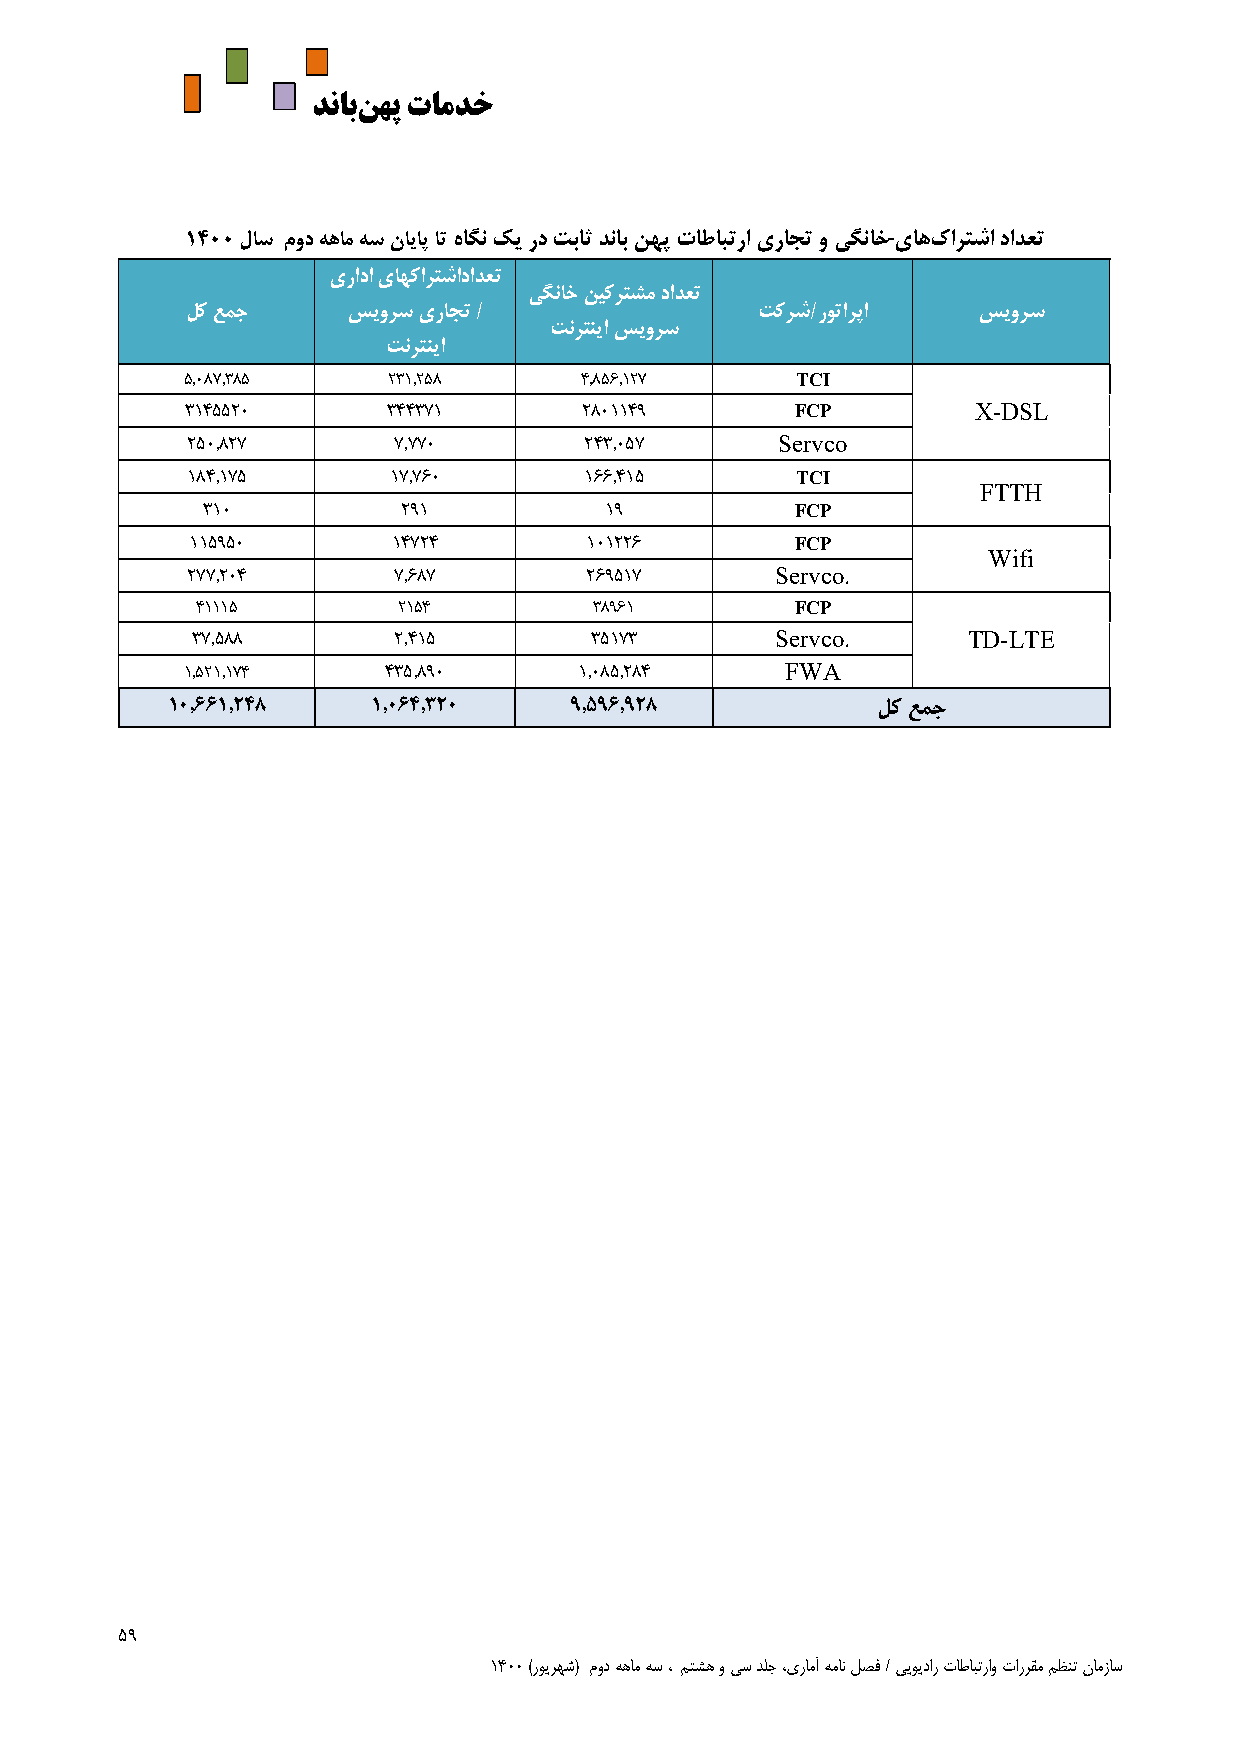
دﻧﺎﺑﻦﻬپ تﺎﻣدخ
 ١٤٠٠ لاﺳ مود ﻪهام ﻪﺳ ناياﭘ ات هاگﻧ كي رد ﺖﺑاﺛ دﻧاﺑ ﻦﻬﭘ تاطابترا يراجت و يگﻧاخ ياهكارﺘﺷا دادعت
 يرادا ياﻬكارﺘﺷادادعت
 يگﻧاخ ﻦيكرﺘشم دادعت
 ﻞك عمج     سيورﺳ يراجت /              ﺖكرﺷ/روتارﭘا   سيورﺳ
 ﺖﻧرﺘنيا سيورﺳ
 ﺖﻧرﺘنيا
 ٥,٠٨٧,٣٨٥     ٢٣١,٢٥٨     ٤,٨٥٦,١٢٧      TCI
 ٣١٤٥٥٢٠       ٣٤٤٣٧١      ٢٨٠١١٤٩        FCP        X-DSL
 ٢٥٠,٨٢٧       ٧,٧٧٠        ٢٤٣,٠٥٧     Servco
 ١٨٤,١٧٥       ١٧,٧٦٠       ١٦٦,٤١٥       TCI
 FTTH
 ٣١٠           ٢٩١          ١٩           FCP
 ١١٥٩٥٠       ١٤٧٢٤        ١٠١٢٢٦        FCP
 Wifi
 ٢٧٧,٢٠٤       ٧,٦٨٧        ٢٦٩٥١٧      Servco.
 ٤١١١٥        ٢١٥٤         ٣٨٩٦١         FCP
 ٣٧,٥٨٨       ٢,٤١٥        ٣٥١٧٣       Servco.      TD-LTE
 ١,٥٢١,١٧٤    ٤٣٥,٨٩٠      ١,٠٨٥,٢٨٤     FWA
 ١٠,٦٦١,٢٤8    ١,٠٦٤,٣٢٠    ٩,٥٩٦,٩٢8           ﻞك عمج
 ٥٩
 ١٤٠٠ (رويرهش) مود هﻫام هس ، متشﻫ و يس دلج ،يرامآ همان لصف / ييويدار تاطابتراو تاررقم مظنت نامزاس